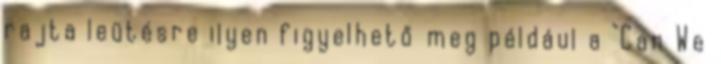
rajta leütésre ilyen figyelhető meg például a "Can We